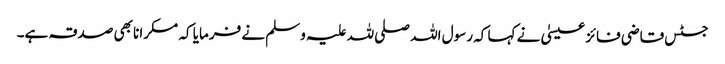
جسٹس قاضی فائز عیسیٰ نے کہا کہ رسول اللہ صلی للہ علیہ وسلم نے فرمایا کہ مسکرانا بھی صدقہ ہے۔